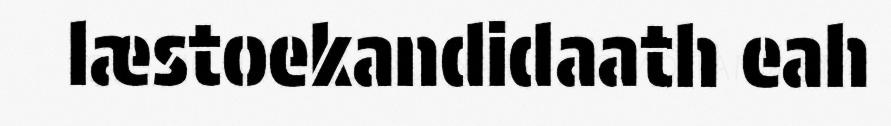
læstoekandidaath eah